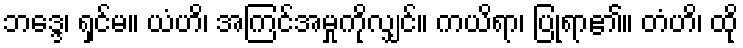
ဘဒ္ဒေ၊ ရှင်မ။ ယံဟိ၊ အကြင်အမှုကိုလျှင်။ ကယိရာ၊ ပြုရာ၏။ တံဟိ၊ ထို